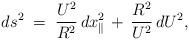
LaTeX: \begin{align*}ds^{2}\;=\;\frac{U^{2}}{R^{2}}\,dx_{\parallel}^{2}\,+\,\frac{R^{2}}{U^{2}}\,dU^{2},\end{align*}